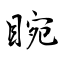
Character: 睕